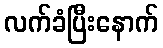
လက်ခံပြီးနောက်